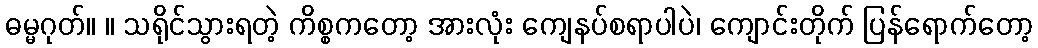
ဓမ္မဂုတ်။ ။ သရိုင်သွားရတဲ့ ကိစ္စကတော့ အားလုံး ကျေနပ်စရာပါပဲ၊ ကျောင်းတိုက် ပြန်ရောက်တော့